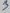
Text: 3